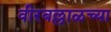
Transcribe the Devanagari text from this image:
वीरबल्लाळच्या